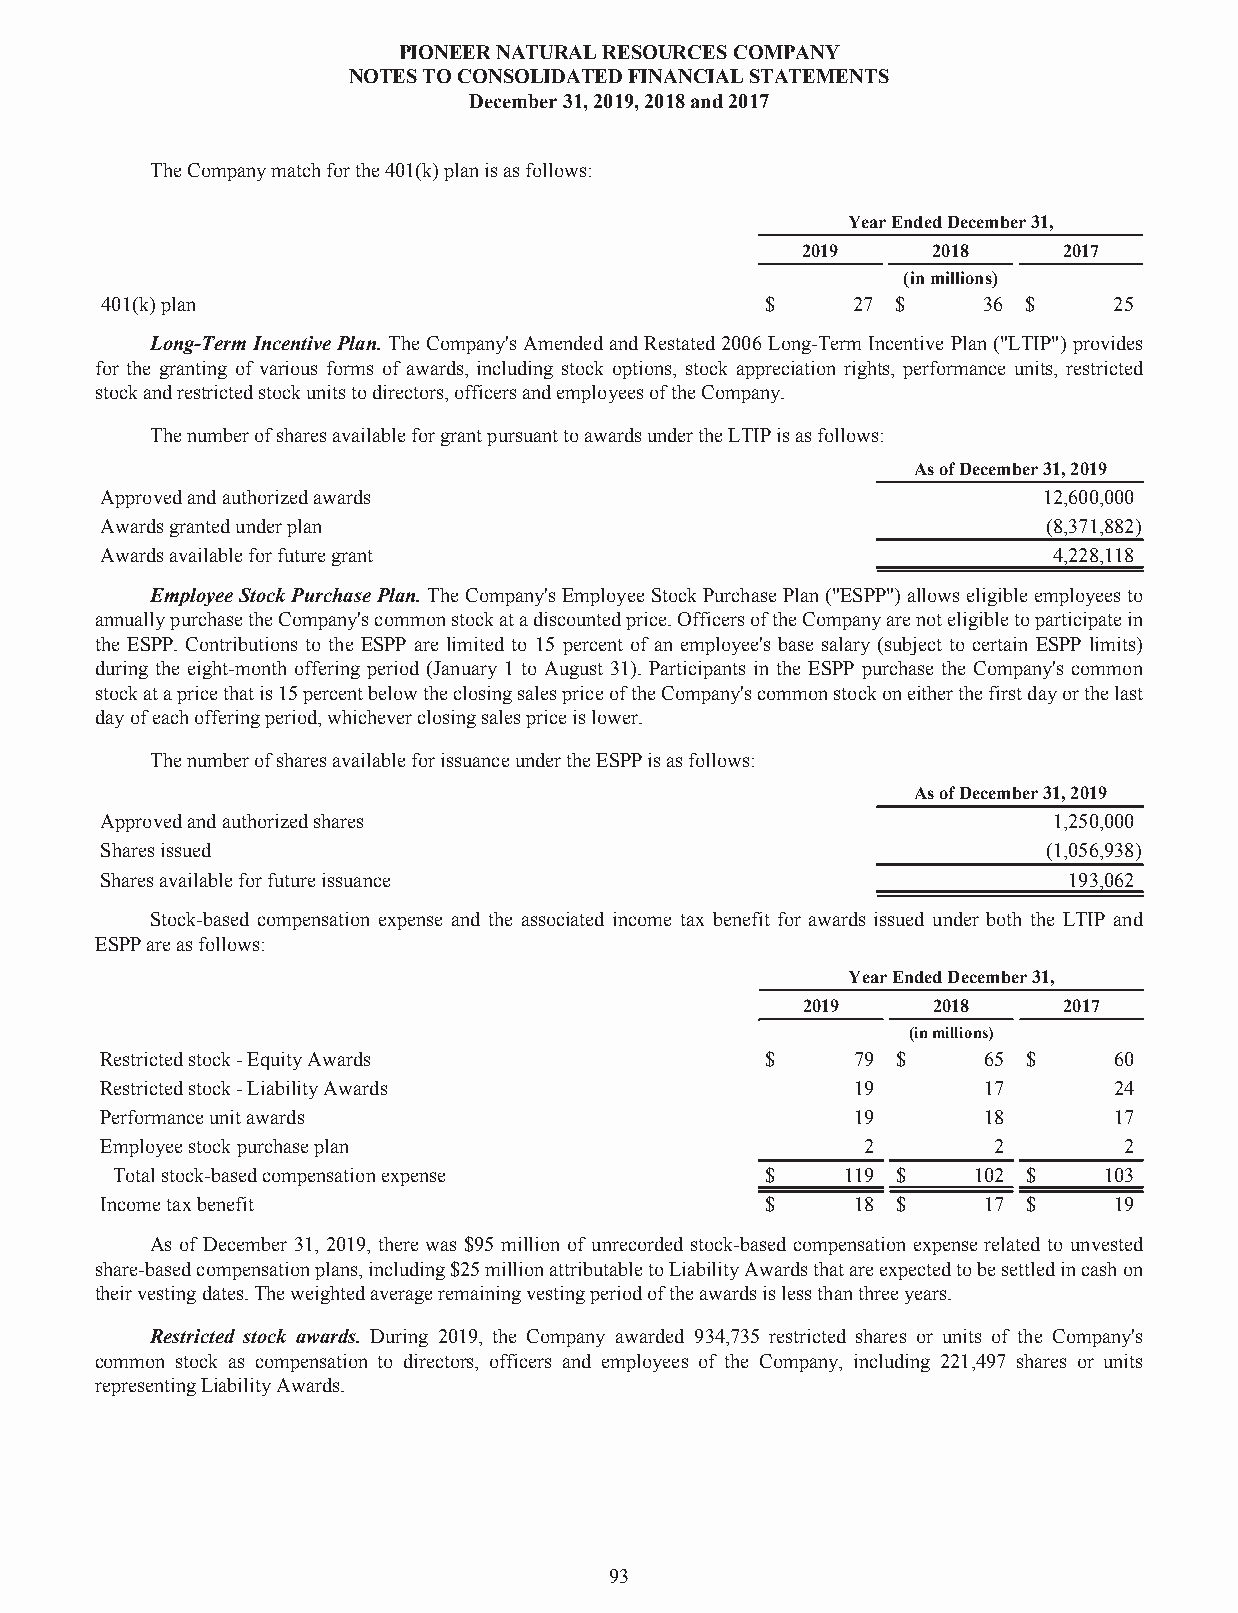
PIONEERNATURALRESOURCESCOMPANY
 NOTESTOCONSOLIDATEDFINANCIALSTATEMENTS
 December31,2019,2018and2017
 TheCompanymatchforthe401(k)planisasfollows:
 YearEndedDecember31,
 2019     2018    2017
 (inmillions)
 401(k)plan                                  $    27 $     36 $     25
 Long-TermIncentivePlan.TheCompany'sAmendedandRestated2006Long-TermIncentivePlan("LTIP")provides
 for the granting of various forms of awards, including stock options, stock appreciation rights, performance units, restricted
 stockandrestrictedstockunitstodirectors,officersandemployeesoftheCompany.
 ThenumberofsharesavailableforgrantpursuanttoawardsundertheLTIPisasfollows:
 AsofDecember31,2019
 Approvedandauthorizedawards                                   12,600,000
 Awardsgrantedunderplan                                        (8,371,882)
 Awardsavailableforfuturegrant                                  4,228,118
 EmployeeStockPurchasePlan.TheCompany'sEmployeeStockPurchasePlan("ESPP")allowseligibleemployeesto
 annuallypurchasetheCompany'scommonstockatadiscountedprice.OfficersoftheCompanyarenoteligibletoparticipatein
 the ESPP. Contributions to the ESPP are limited to 15 percent of an employee's base salary (subject to certain ESPP limits)
 during the eight-month offering period (January 1 to August 31). Participants in the ESPP purchase the Company's common
 stockatapricethatis15percentbelowtheclosingsalespriceoftheCompany'scommonstockoneitherthefirstdayorthelast
 dayofeachofferingperiod,whicheverclosingsalespriceislower.
 ThenumberofsharesavailableforissuanceundertheESPPisasfollows:
 AsofDecember31,2019
 Approvedandauthorizedshares                                    1,250,000
 Sharesissued                                                  (1,056,938)
 Sharesavailableforfutureissuance                                193,062
 Stock-based compensation expense and the associated income tax benefit for awards issued under both the LTIP and
 ESPPareasfollows:
 YearEndedDecember31,
 2019     2018    2017
 (inmillions)
 Restrictedstock-EquityAwards                $     79 $    65 $     60
 Restrictedstock-LiabilityAwards                   19      17       24
 Performanceunitawards                             19      18       17
 Employeestockpurchaseplan                         2        2       2
 Totalstock-basedcompensationexpense         $    119 $   102 $    103
 Incometaxbenefit                            $     18 $    17 $     19
 As of December 31, 2019, there was $95 million of unrecorded stock-based compensation expense related to unvested
 share-basedcompensationplans,including$25millionattributabletoLiabilityAwardsthatareexpectedtobesettledincashon
 theirvestingdates.Theweightedaverageremainingvestingperiodoftheawardsislessthanthreeyears.
 Restricted stock awards. During 2019, the Company awarded 934,735 restricted shares or units of the Company's
 common stock as compensation to directors, officers and employees of the Company, including 221,497 shares or units
 representingLiabilityAwards.
 93